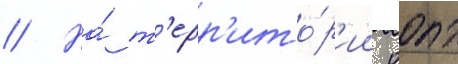
// На́ т'ерр'ито́р'ии оопт